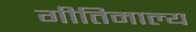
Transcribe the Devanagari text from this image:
गीतिमाल्य